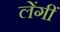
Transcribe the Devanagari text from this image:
लेंगीं